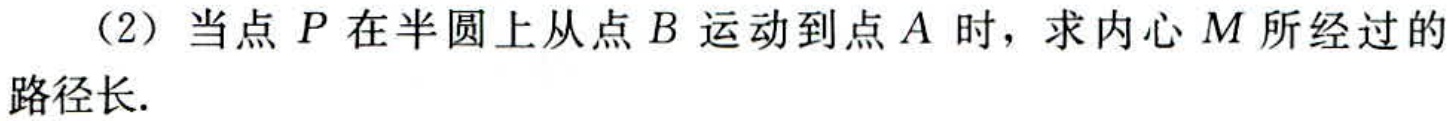
（2）当点 \(P\) 在半圆上从点 \(B\) 运动到点 \(A\) 时，求内心 \(M\) 所经过的路径长.